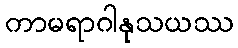
ကာမရာဂါနုသယဿ